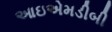
આઇએમડીબી